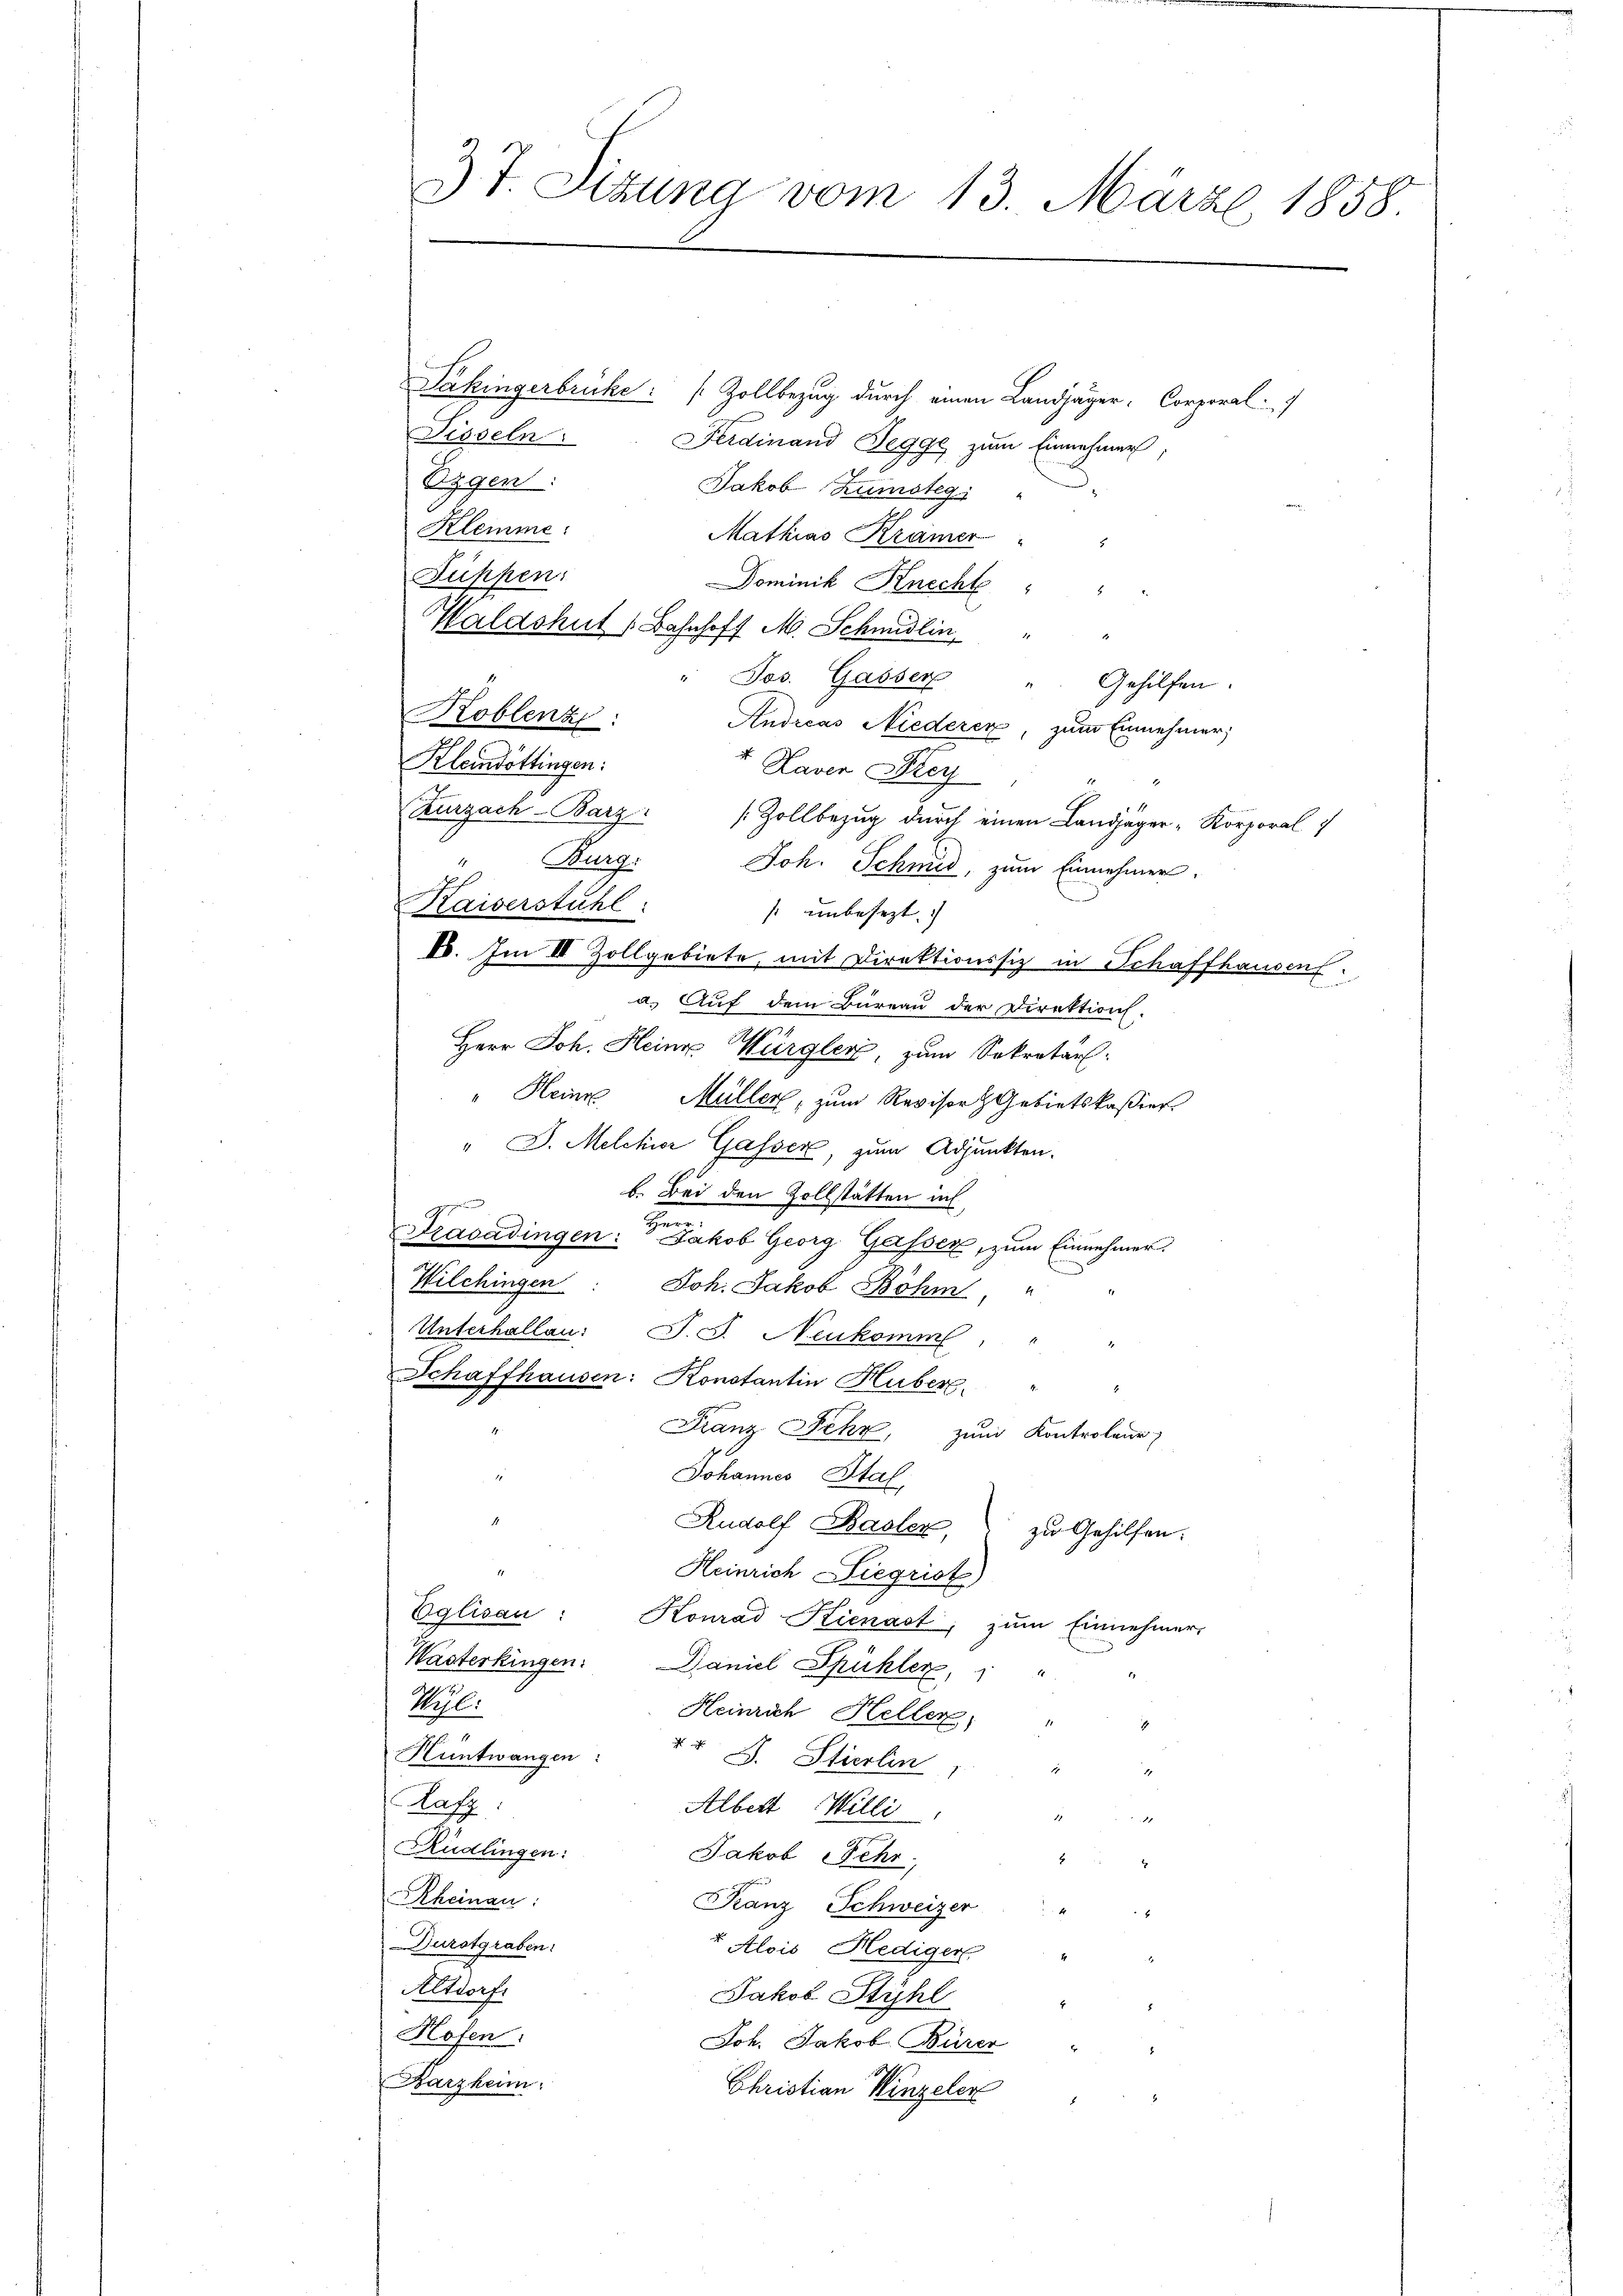
T. Sizung vom 13. März 1858.

Päkingerbrücke: Zollbezug durch einen Landjäger, Corporal
Disseln.
Ferdinand Pegge zum Einnehmer,
Ezgen:
Jakob Zumsteg
Klemme:
Mathias Krämer
Dominik Knecht " "
Haldshut (Bahnhoff M. Schmidlin "
Jos. Gasser " Gehilfen.
Koblenz
Andreas Niederer, zum Einnehmer;
Kleindottingen:
t. Laver Drey
Zurzach-Barz: Zollbezug durch einen Landjäger-Korporal
x Burg.
Joh. Schmid, zum Einnehmer.
Kaiserstuhl:
 unbesezt. |
V. Im II Zollgebiete, mit Direktionssiz in Schaffhausen
a. Auf dem Bureau der Direktion.
Herr Joh. Heine Würgler, zum Sekretär:
" Heine Müller, zum Revisor Gebietskassier
" D. Melchior Gasser, zum Adjunkten.
b. Bei den Zollstätten in
g
Trasadingen: Jakob Georg Gasser, zum Einnehmer.
Wilchingen
Joh. Jakob Böhm,
Unterhallen: J. J. Neukomm " "
Schaffhausen: Konstantin Huber.
Franz Fehr, zum Kontroleur
Johannes Stal
Rudolf Basler, zu Gehilfen.
Heinrich Liegrist
Eglisau: Konrad Kienast, zŭm Einnehmer-
Wasterkingen: Daniel Spühler,
n
Wipl.
Heinrich Heller,
Hüntwangen: 14 J. Stierlin
1
Kafz:
Albert Willi
7
.
Rüdlingen:
Jakob Mehr,
.
t
Rheinau:
Franz Schweizer
-Durstgraben.
" Alois Hediger "
Altdorf.
Jakob Stühl
Hofen:
Joh. Jakob Burer "
Karzheim.
Christian Hinzeler

Füppen: